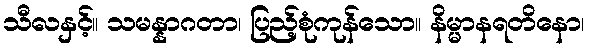
သီလနှင့်။ သမန္နာဂတာ၊ ပြည့်စုံကုန်သော။ နိမ္မာနရတိနော၊